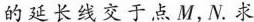
的延长线交于点M，N.求